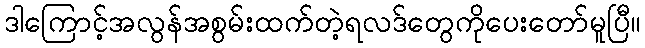
ဒါကြောင့်အလွန်အစွမ်းထက်တဲ့ရလဒ်တွေကိုပေးတော်မူပြီ။